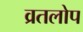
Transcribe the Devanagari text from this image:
व्रतलोप